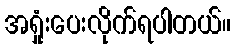
အရှုံးပေးလိုက်ရပါတယ်။